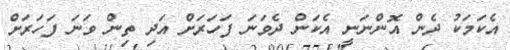
އެކަމަކު ދެން އޮންނަނީ އެކަން ދެވަނަ ފަހަރަށް އަދި ތިން ވަނަ ފަހަރަށް